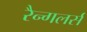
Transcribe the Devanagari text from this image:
रैन्गलर्स